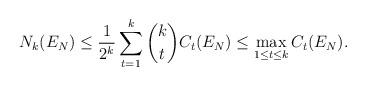
LaTeX: \begin{align*} N_k(E_N)\leq \frac{1}{2^k}\sum_{t=1}^k \binom{k}{t} C_t(E_N)\leq \max_{1\leq t\leq k } C_t(E_N).\end{align*}